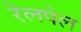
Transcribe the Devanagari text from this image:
रेलपेल